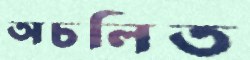
অচলিত